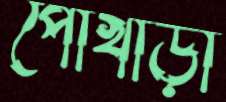
পোখাড়া